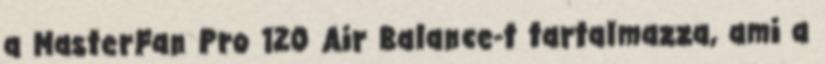
a MasterFan Pro 120 Air Balance-t tartalmazza, ami a